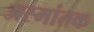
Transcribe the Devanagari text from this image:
अस्मांतक